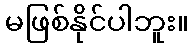
မဖြစ်နိုင်ပါဘူး။